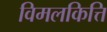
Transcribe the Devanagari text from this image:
विमलकित्ति